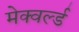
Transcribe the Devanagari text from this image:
मेक्वर्ल्ड